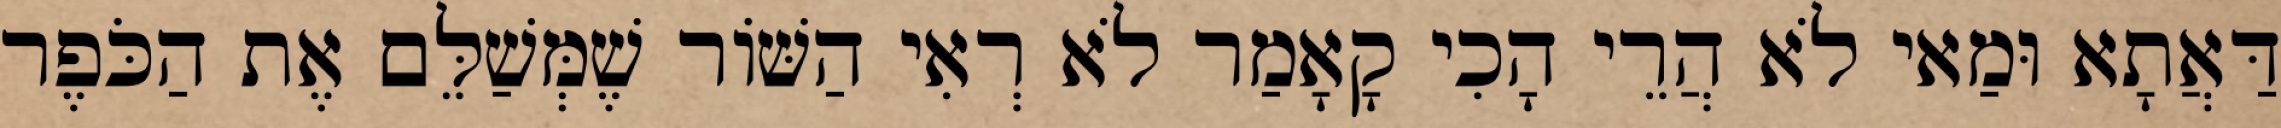
דַּאֲתָא וּמַאי לֹא הֲרֵי הָכִי קָאָמַר לֹא רְאִי הַשּׁוֹר שֶׁמְּשַׁלֵּם אֶת הַכֹּפֶר